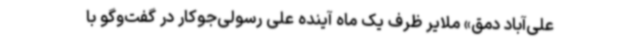
علی‌آباد دمق» ملایر ظرف یک ماه آینده علی رسولی‌جوکار در گفت‌وگو با